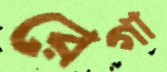
রেগা